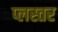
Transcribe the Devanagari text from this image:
प्लस्तर